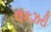
લકઝરી